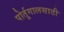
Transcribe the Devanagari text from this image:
पोर्तुगालसाठी